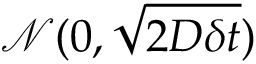
\mathcal { N } ( 0 , \sqrt { 2 D \delta t } )